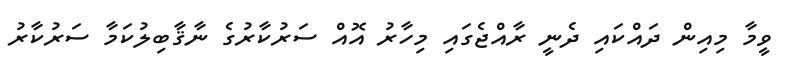
ވީމާ މިއިން ދައްކައި ދެނީ ރާއްޖެގައި މިހާރު އޮއް ސަރުކާރުގެ ނާޤާބިލުކަމާ ސަރުކާރު